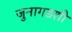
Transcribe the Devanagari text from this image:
जुनागडशी